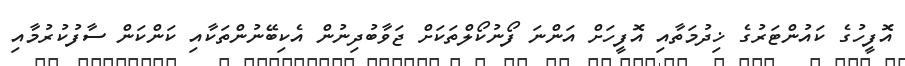
އޮފީހުގެ ކައުންޓަރުގެ ޚިދުމަތާއި އޮފީހަށް އަންނަ ފޯނުކޯލްތަކަށް ޖަވާބުދިނުން އެކިބޭނުންތަކާއި ކަންކަން ސާފުކުރުމާއި